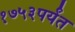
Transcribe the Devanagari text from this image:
१७५३पर्यंत